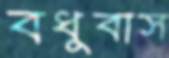
বধুবাস